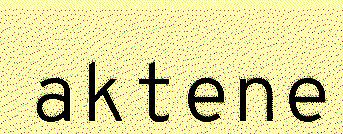
aktene